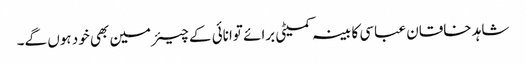
شاہد خاقان عباسی کابینہ کمیٹی برائے توانائی کے چیئرمین بھی خود ہوں گے۔